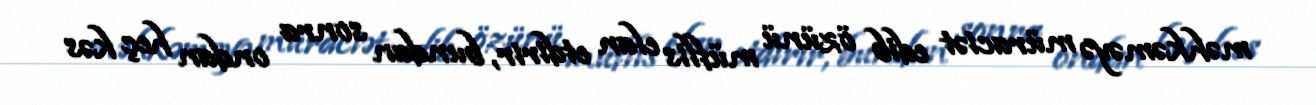
məhkəməyə müraciət edib özünü müflis elan etdirir, bundan sonra ondan heç kəs